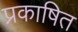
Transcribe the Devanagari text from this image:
प्रकाषित